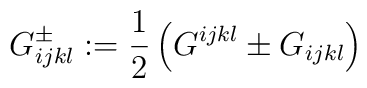
G^\pm_{ijkl} := \frac12 \left( G^{ijkl} \pm G_{ijkl} \right)